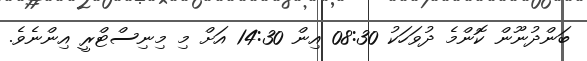
ބަންދުނޫން ކޮންމެ ދުވަހަކު 08:30 އިން 14:30 އަށް މި މިނިސްޓްރީ އިންނެވެ.